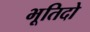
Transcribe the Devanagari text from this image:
भूतिदो